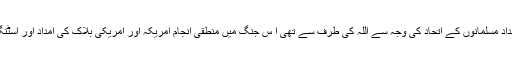
اس فتح میں کلیدی امداد مسلمانوں کے اتحاد کی وجہ سے اللہ کی طرف سے تھی ا س جنگ میں منطقی انجام امریکہ اور امریکی بلاک کی امداد اور اسٹنگر میزائل نے ادا کیا۔